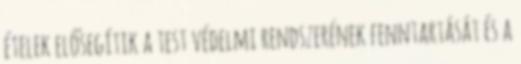
ételek elősegítik a test védelmi rendszerének fenntartását és a